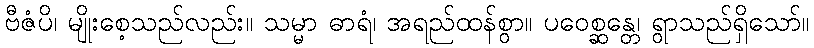
ဗီဇံပိ၊ မျိုးစေ့သည်လည်း။ သမ္မာ ဓာရံ၊ အရည်ထန်စွာ။ ပဝေစ္ဆန္တေ၊ ရွာသည်ရှိသော်။